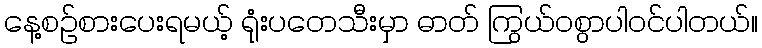
နေ့စဉ်စားပေးရမယ့် ရုံးပတေသီးမှာ ဓာတ် ကြွယ်ဝစွာပါဝင်ပါတယ်။